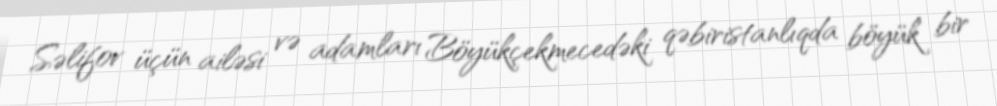
Səlifov üçün ailəsi və adamları Böyükçekmecedəki qəbiristanlıqda böyük bir